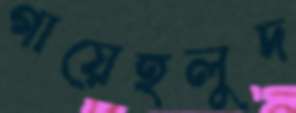
গায়েহলুদ